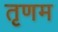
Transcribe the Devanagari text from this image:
तृणम